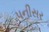
પનીસર